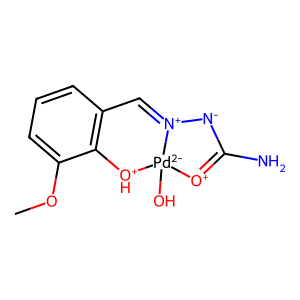
SMILES: COc1cccc2c1[OH+][Pd-2]1(O)[O+]=C(N)[N-][N+]1=C2
Inhibits HIV replication: No